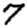
Digit: 7